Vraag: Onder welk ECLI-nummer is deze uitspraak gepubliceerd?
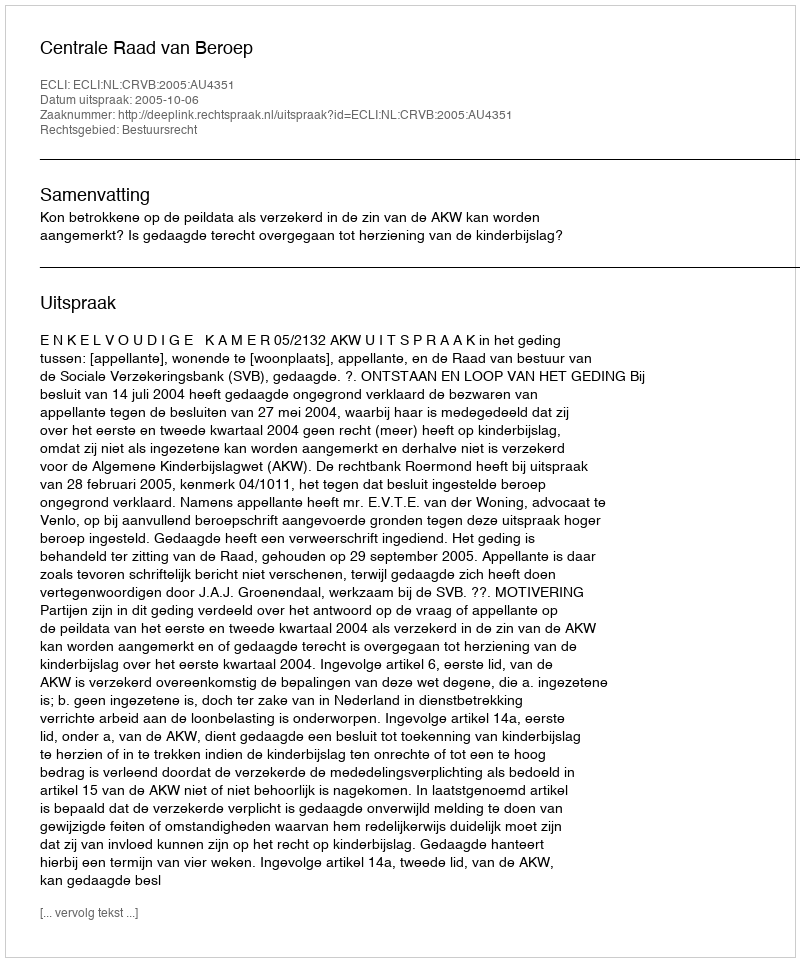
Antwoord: ECLI:NL:CRVB:2005:AU4351